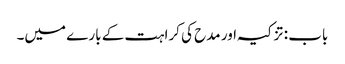
باب : تزکیہ اور مدح کی کراہت کے بارے میں۔